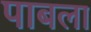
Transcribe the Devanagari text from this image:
पाबला